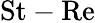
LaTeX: \mathrm{St}-\mathrm{Re}